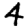
Digit: 4